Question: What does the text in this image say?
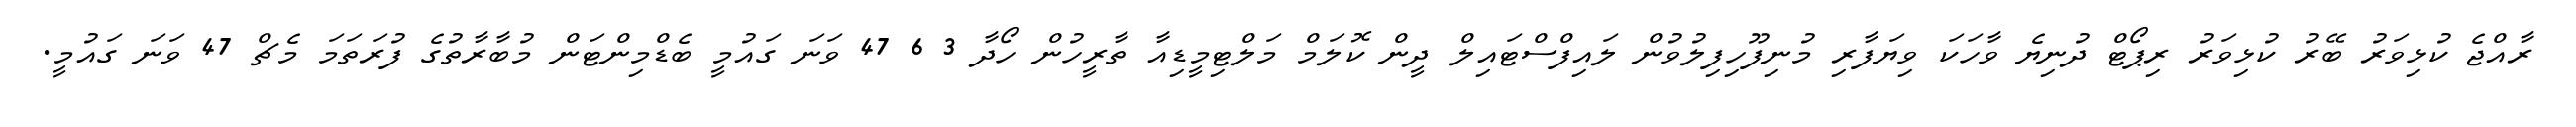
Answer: ރާއްޖެ ކުޅިވަރު ބޭރު ކުޅިވަރު ރިޕޯޓް ދުނިޔެ ވާހަކަ ވިޔަފާރި މުނިފޫހިފިލުވުން ލައިފްސްޓައިލް ދީން ކޮލަމް މަލްޓިމީޑިއާ ތާރީހުން ހޯދާ 3 6 47 ވަނަ ގައުމީ ބެޑްމިންޓަން މުބާރާތުގެ ފުރަތަމަ މެޗް 47 ވަނަ ގައުމީ.